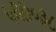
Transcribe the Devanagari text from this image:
५६७०३८